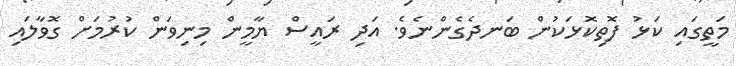
މަތީގައި ކަޅު ފޮތިކޮޅަކުން ބަނދެގެންނެވެ. އަދި ރައީސް ޔާމީން މިނިވަން ކުރުމަށް ގޮވާލައި